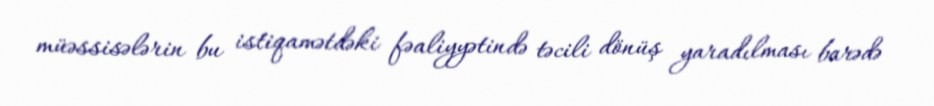
müəssisələrin bu istiqamətdəki fəaliyyətində təcili dönüş yaradılması barədə